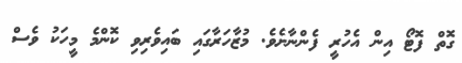
ގޮތް ފޮޓޯ އިން އެހުރީ ފެންނާށެވެ. މުޒާހަރާގައި ބައިވެރިވި ކޮންމެ މީހަކު ވެސް